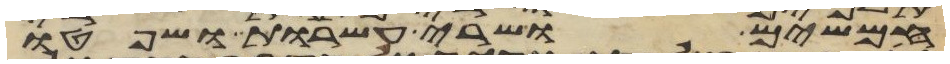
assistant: חמשים ושרי עשרות ושפטו